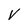
Character: V